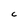
Character: C